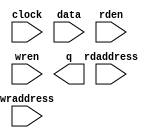
module sram (
	clock,
	data,
	rdaddress,
	rden,
	wraddress,
	wren,
	q);
	input	  clock;
	input	[71:0]  data;
	input	[9:0]  rdaddress;
	input	  rden;
	input	[9:0]  wraddress;
	input	  wren;
	output	[71:0]  q;
`ifndef ALTERA_RESERVED_QIS
// synopsys translate_off
`endif
	tri1	  clock;
	tri1	  rden;
	tri0	  wren;
`ifndef ALTERA_RESERVED_QIS
// synopsys translate_on
`endif
endmodule